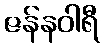
ဇန်နဝါရီ